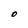
Character: O